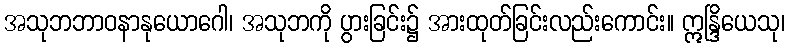
အသုဘဘာဝနာနုယောဂေါ၊ အသုဘကို ပွားခြင်း၌ အားထုတ်ခြင်းလည်းကောင်း။ ဣန္ဒြိယေသု၊